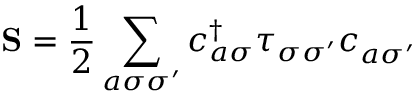
\mathbf { S } = \frac { 1 } { 2 } \sum _ { a \sigma \sigma ^ { \prime } } c _ { a \sigma } ^ { \dagger } \boldsymbol { \tau } _ { \sigma \sigma ^ { \prime } } c _ { a \sigma ^ { \prime } } ^ { \phantom { \dagger } }